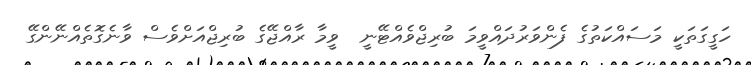
ހަގީގަތަކީ މަސައްކަތުގެ ފެންވަރުދައްވީމަ ބުރިޖްވެއްޓޭނީ  ވީމާ ރާއްޖޭގެ ބުރިޖްއަށްވެސް ވާނެގޮތެއްނޭންގޭ